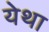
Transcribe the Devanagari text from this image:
येथा